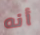
أنه